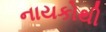
નાયકોથી